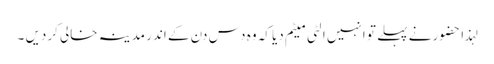
لہذا حضور نے پہلے تو انہیں الٹی میٹم دیا کہ وہ دس دن کے اندر مدینہ خالی کردیں ۔